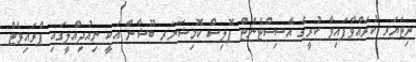
ރިޓަޔަރ ކުރައްވާފައިވާ ކުރީގެ އެސިސްޓެންޓް ޕޮލިސް ކޮމިޝަނަރ ބޫޝާން އަކީ ނިއުދިއްލީގައި ޕްރައިވެޓް